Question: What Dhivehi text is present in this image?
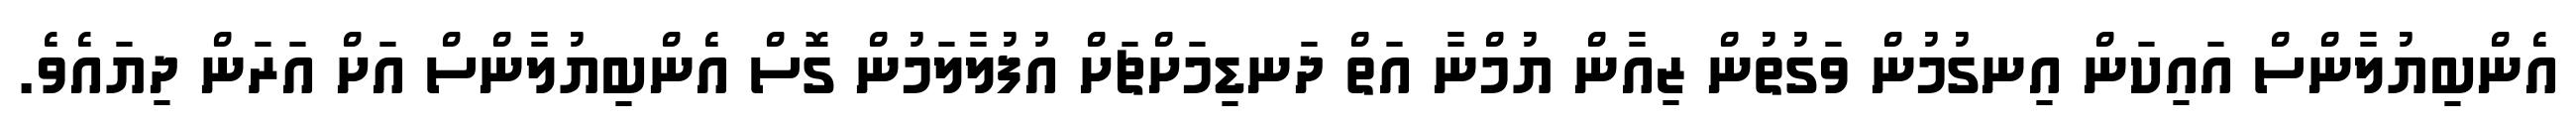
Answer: އެންބިޔުލާންސް އައިކަން އިނގުމުން ވަގުތުން ޒިއާން ޔުމްނާ އަތް ދަނޑިމަށްޗަށް އުފުލާލަމުން ގޮސް އެންބިޔުލާންސް އަށް އަރަން ދިޔައެވެ.